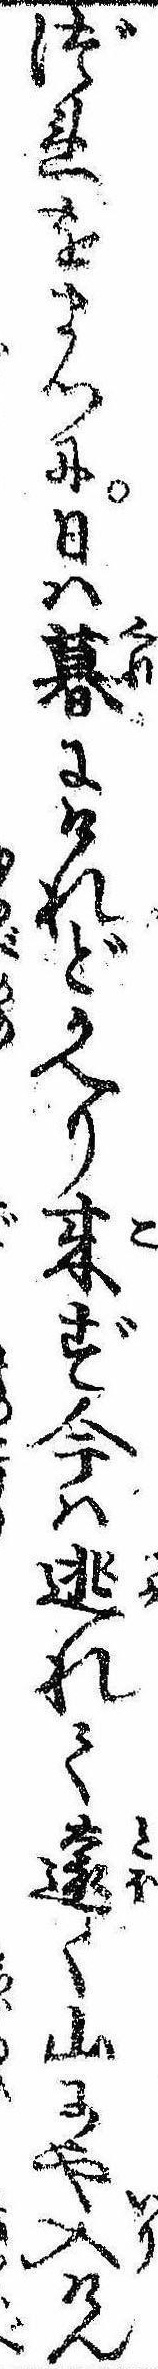
づれをまつに日は暮にけれどかへり来ず今は逃れて遠く山にや入けん